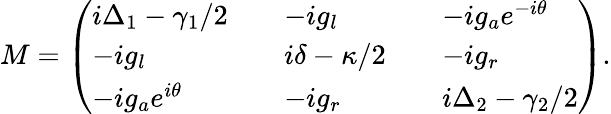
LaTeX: M=\left(\begin{array}{lllll}{i\Delta_{1}-\gamma_{1}/2}&{}&{-ig_{l}}&{}&{-ig_{a}e^{-i\theta}}\\ {-ig_{l}}&{}&{i\delta-\kappa/2}&{}&{-ig_{r}}\\ {-ig_{a}e^{i\theta}}&{}&{-ig_{r}}&{}&{i\Delta_{2}-\gamma_{2}/2}\end{array}\right).